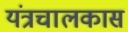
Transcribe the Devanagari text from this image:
यंत्रचालकास